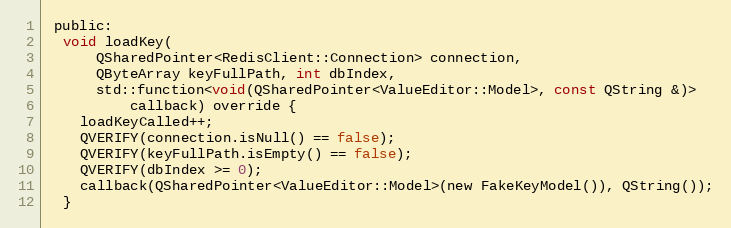
Language: C
 public:
  void loadKey(
      QSharedPointer<RedisClient::Connection> connection,
      QByteArray keyFullPath, int dbIndex,
      std::function<void(QSharedPointer<ValueEditor::Model>, const QString &)>
          callback) override {
    loadKeyCalled++;
    QVERIFY(connection.isNull() == false);
    QVERIFY(keyFullPath.isEmpty() == false);
    QVERIFY(dbIndex >= 0);
    callback(QSharedPointer<ValueEditor::Model>(new FakeKeyModel()), QString());
  }